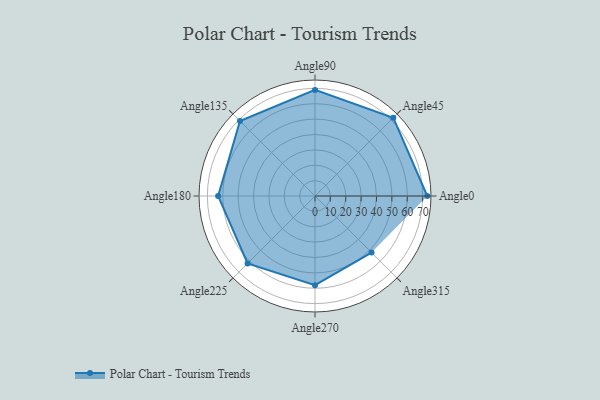
{"axis": {"x": "Angle", "y": "Radius"}, "legend": [""], "data": [{"x": "Angle0", "y": 73.0, "type": ""}, {"x": "Angle45", "y": 72.0, "type": ""}, {"x": "Angle90", "y": 69.0, "type": ""}, {"x": "Angle135", "y": 69.0, "type": ""}, {"x": "Angle180", "y": 63.0, "type": ""}, {"x": "Angle225", "y": 62.0, "type": ""}, {"x": "Angle270", "y": 58.0, "type": ""}, {"x": "Angle315", "y": 52.0, "type": ""}]}